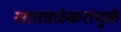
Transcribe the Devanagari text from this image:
सातवळेकरांमुळे